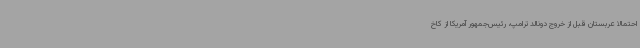
احتمالا عربستان قبل از خروج دونالد ترامپ، رئیس‌جمهور آمریکا از کاخ